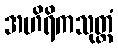
အဟိရိကသုတ္တံ